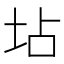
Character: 坫